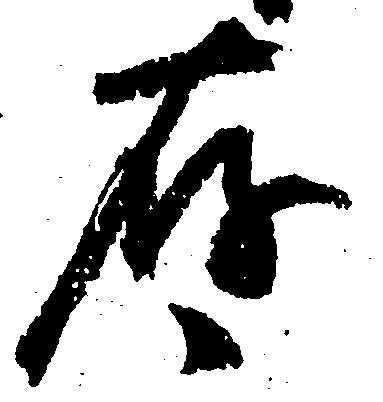
存